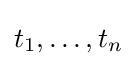
t_{1},\dots ,t_{n}